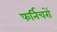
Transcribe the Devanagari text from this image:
फर्निचरों